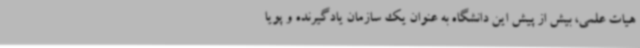
هیات علمی، بیش از پیش این دانشگاه به عنوان یک سازمان یادگیرنده و پویا